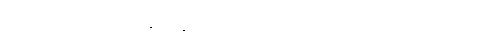
အဝသေသလောကံ။ သဗြဟ္မကန္တိ ဗြဟ္မေဟိ သဒ္ဓိံ အဝသေသလောကံ။ ဧဝံ သဗ္ဗေပိ တိဘဝူပဂေ သတ္တေ